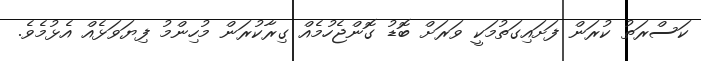
ކަސްރަތު ކުރަން ފަށައިގަތުމަކީ ވަރަށް ބޮޑު ގޮންޖެހުމެއް ގިރާކުރަން މުހިންމު ފިޔަވަޅެއް އެޅުމެވެ.